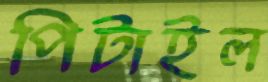
পিটাইল